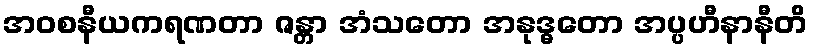
အဝစနီယကရဏတာ ဇန္တာ အံသတော အနုဒ္ဓတော အပ္ပဟီနာနီတိ